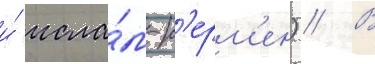
и́ исла́м-к'ерм'ен) // В